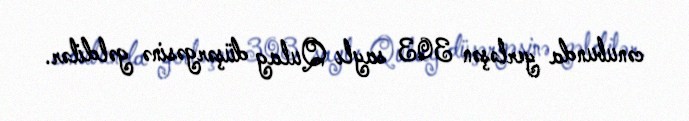
cənubunda yerləşən 303 saylı Qulag düşərgəsinə gəldilər.